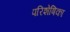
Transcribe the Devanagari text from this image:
परिशेषिका